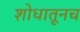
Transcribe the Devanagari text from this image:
शोधातूनच